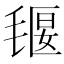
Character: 𣯄